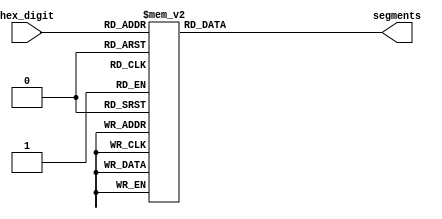
//Hex Module to display hex numbers on display
module hex_decoder(hex_digit, segments);
    input [3:0] hex_digit;
    output reg [6:0] segments;
   
    always @(*)
        case (hex_digit)
            4'h0: segments = 7'b100_0000;
            4'h1: segments = 7'b111_1001;
            4'h2: segments = 7'b010_0100;
            4'h3: segments = 7'b011_0000;
            4'h4: segments = 7'b001_1001;
            4'h5: segments = 7'b001_0010;
            4'h6: segments = 7'b000_0010;
            4'h7: segments = 7'b111_1000;
            4'h8: segments = 7'b000_0000;
            4'h9: segments = 7'b001_1000;
            4'hA: segments = 7'b000_1000;
            4'hB: segments = 7'b000_0011;
            4'hC: segments = 7'b100_0110;
            4'hD: segments = 7'b010_0001;
            4'hE: segments = 7'b000_0110;
            4'hF: segments = 7'b000_1110;   
            default: segments = 7'h7f;
        endcase
endmodule